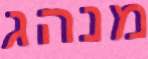
מנהג